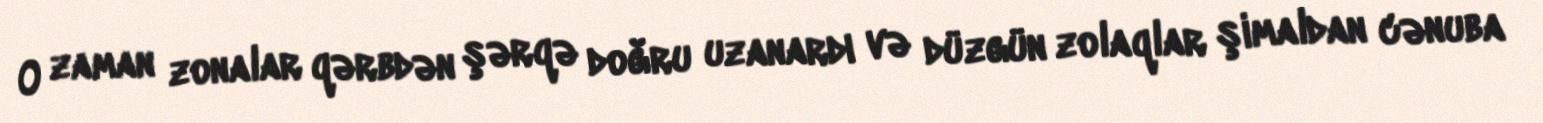
O zaman zonalar qərbdən şərqə doğru uzanardı və düzgün zolaqlar şimaldan cənuba